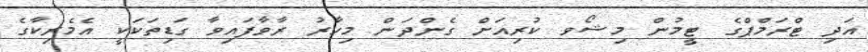
އަދި ޓްރަމްޕްގެ ޓީމުން މިޝޯވ ކުރިއަށް ގެންދަން މިހާރު ރާވާފައިވާ ގަޑިތަކަކީ އެމެރިކާގެ